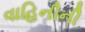
વાહિનીની